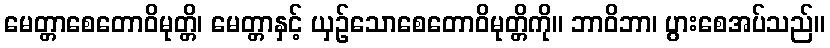
မေတ္တာစေတောဝိမုတ္တိ၊ မေတ္တာနှင့် ယှဉ်သောစေတောဝိမုတ္တိကို။ ဘာဝိဘာ၊ ပွားစေအပ်သည်။